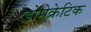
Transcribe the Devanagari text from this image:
डोमेक्रेटिक